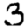
Digit: 3